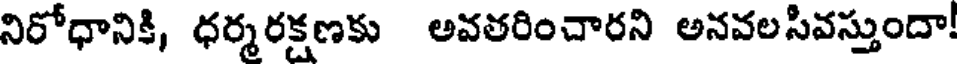
నిరోధానికి, ధర్మరక్షణకు అవతరించారని అనవలసివస్తుందా!